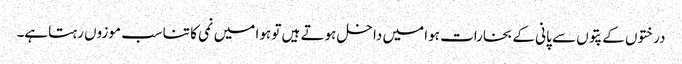
درختوں کے پتوں سے پانی کے بخارات ہوا میں داخل ہوتے ہیں تو ہوا میں نمی کا تناسب موزوں رہتاہے۔